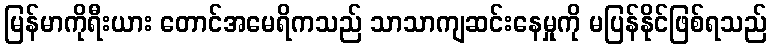
မြန်မာကိုရီးယား တောင်အမေရိကသည် သာသာကျဆင်းနေမှုကို မပြန်နိုင်ဖြစ်ရသည်